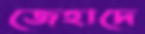
জেহাদে